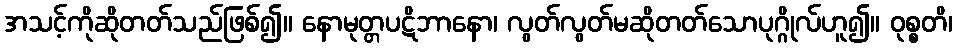
အသင့်ကိုဆိုတတ်သည်ဖြစ်၍။ နောမုတ္တပဋိဘာနော၊ လွတ်လွတ်မဆိုတတ်သောပုဂ္ဂိုလ်ဟူ၍။ ဝုစ္စတိ၊